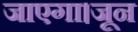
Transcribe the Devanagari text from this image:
जाएगा।जून